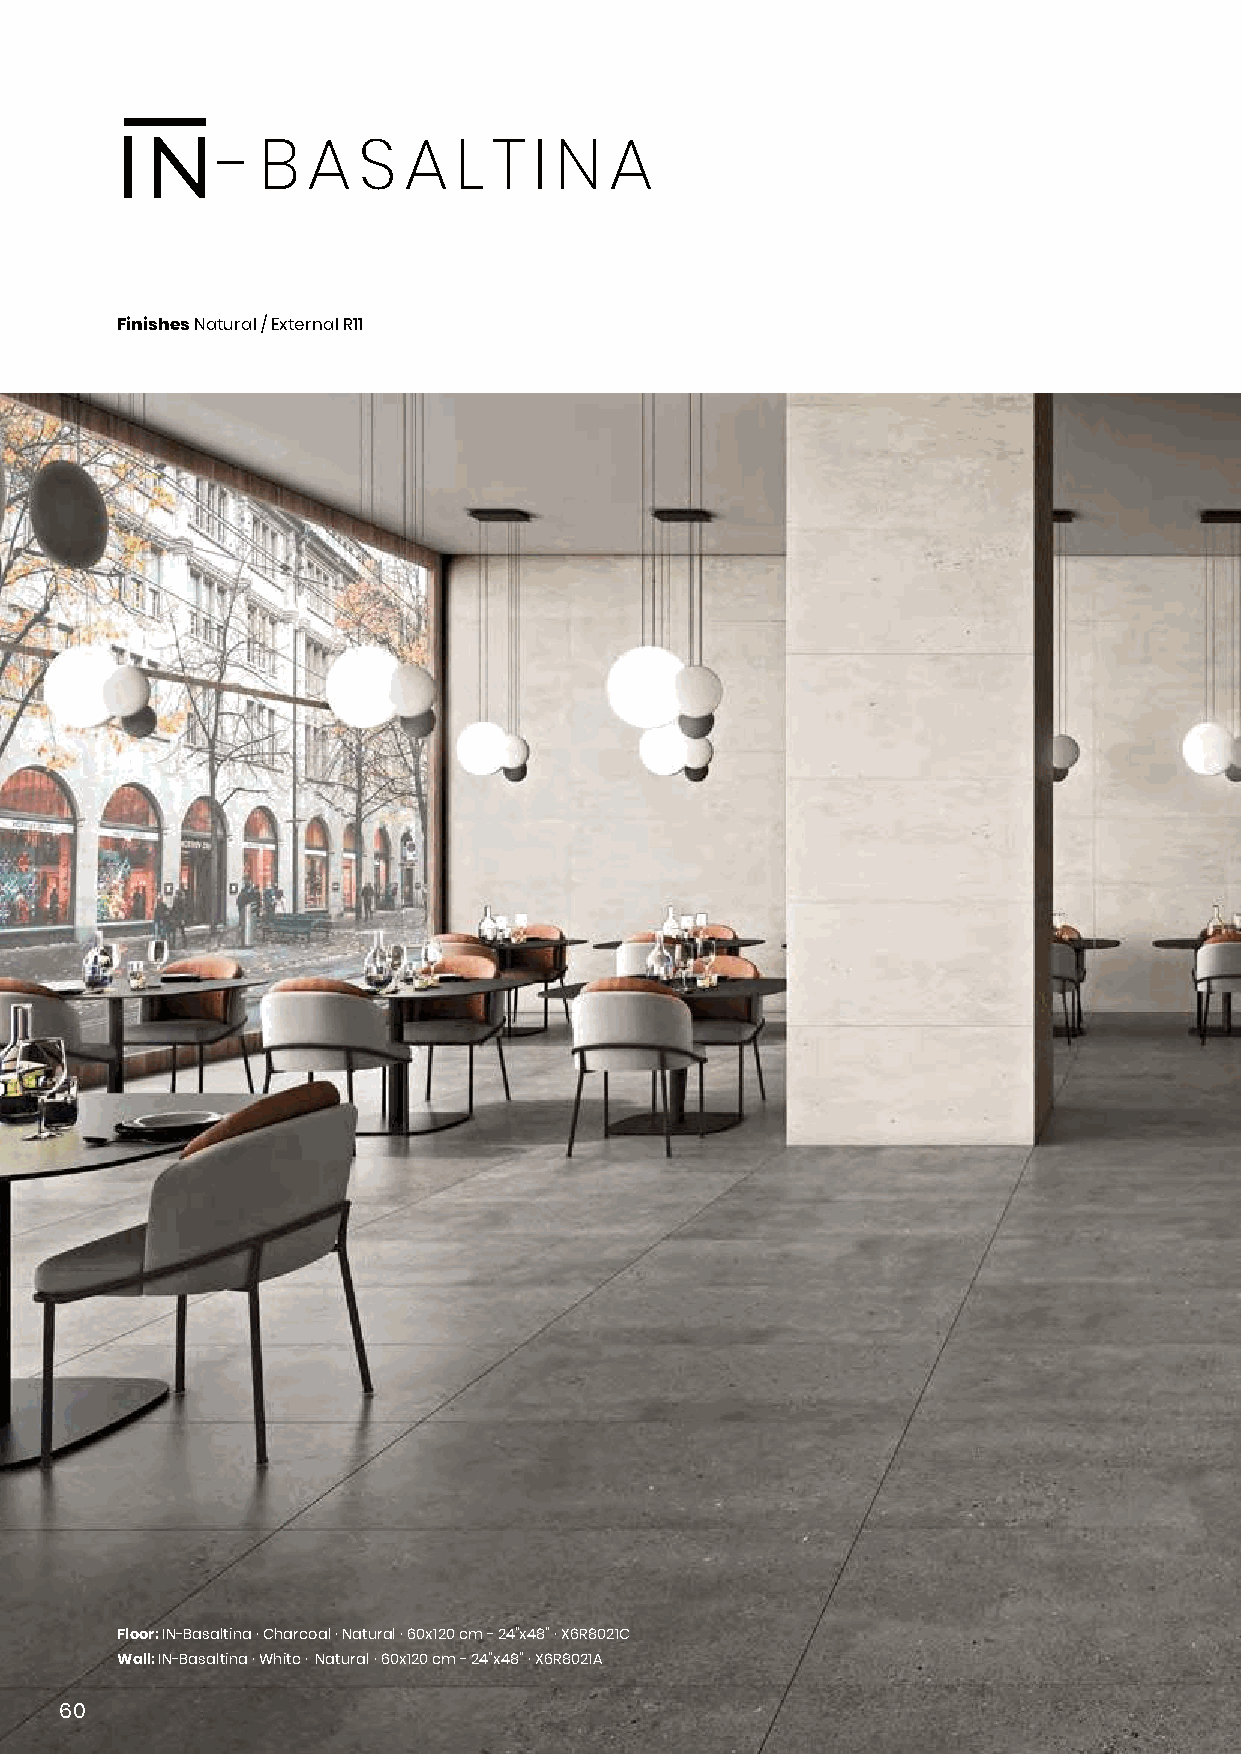
- B  A   S  A  L  T I N  A
 Finishes Natural / External R11
 Floor: IN-Basaltina · Charcoal · Natural · 60x120 cm - 24”x48” · X6R8021C
 Wall: IN-Basaltina · White · Natural · 60x120 cm - 24”x48” · X6R8021A
 6600